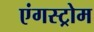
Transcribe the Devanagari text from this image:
एंगस्ट्रोम